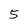
Character: 5